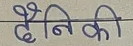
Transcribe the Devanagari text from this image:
दैनिकी